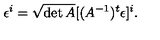
\epsilon ^ { i } = \sqrt { \det A } [ ( A ^ { - 1 } ) ^ { t } \epsilon ] ^ { i } .